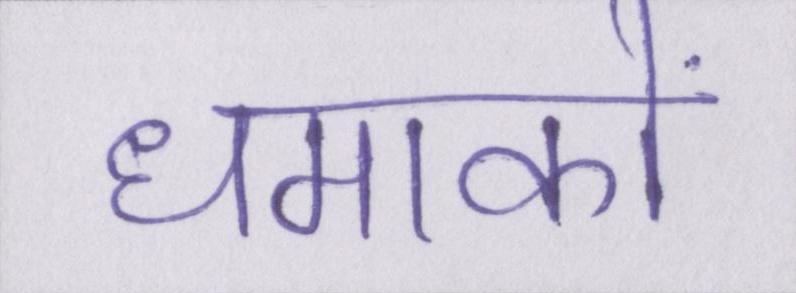
धमाकों